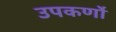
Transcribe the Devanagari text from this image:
उपकर्णों